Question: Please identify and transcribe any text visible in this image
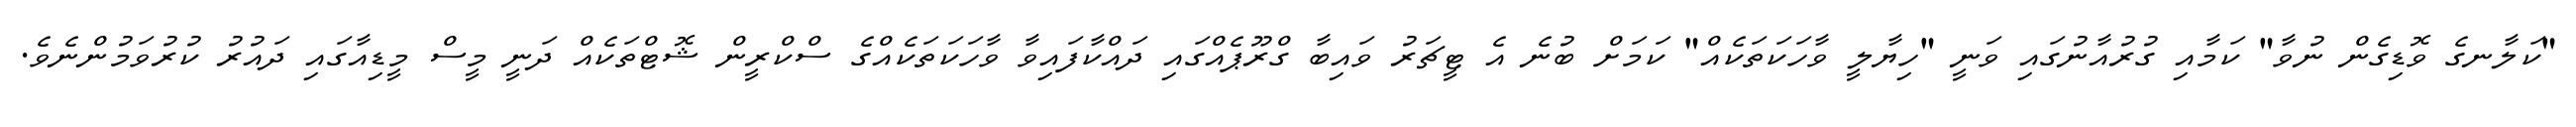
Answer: "ކަލާނގެ ވޮޑިގެން ނުވާ" ކަމާއި ގުރުއާނުގައި ވަނީ "ހިޔާލީ ވާހަކަތަކެއް" ކަމަށް ބުނެ އެ ޓީޗަރު ވައިބާ ގްރޫޕެއްގައި ދައްކާފައިވާ ވާހަކަތަކެއްގެ ސްކްރީން ޝޮޓްތަކެއް ދަނީ މީސް މީޑިއާގައި ދައުރު ކުރުވަމުންނެވެ.